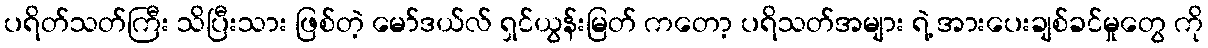
ပရိတ်သတ်ကြီး သိပြီးသား ဖြစ်တဲ့ မော်ဒယ်လ် ရှင်ယွန်းမြတ် ကတော့ ပရိသတ်အများ ရဲ့ အားပေးချစ်ခင်မှုတွေ ကို